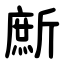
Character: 㫂